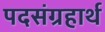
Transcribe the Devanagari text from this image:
पदसंग्रहार्थ